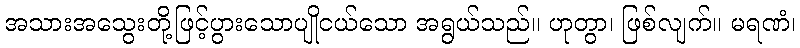
အသားအသွေးတို့ဖြင့်ပွားသောပျိုငယ်သော အရွယ်သည်။ ဟုတွာ၊ ဖြစ်လျက်။ မရဏံ၊